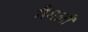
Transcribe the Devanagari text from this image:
मैगली